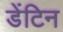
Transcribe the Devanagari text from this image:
डेंटिन